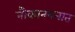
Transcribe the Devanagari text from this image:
नौकानयनात